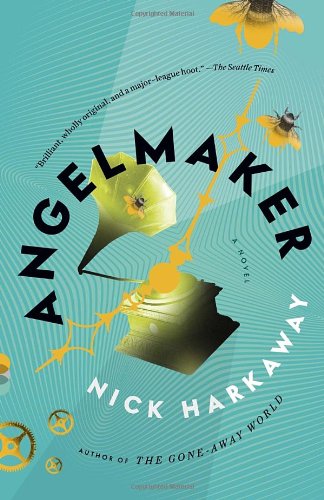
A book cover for Angelmaker (Vintage Contemporaries); Nick Harkaway; Literature & Fiction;